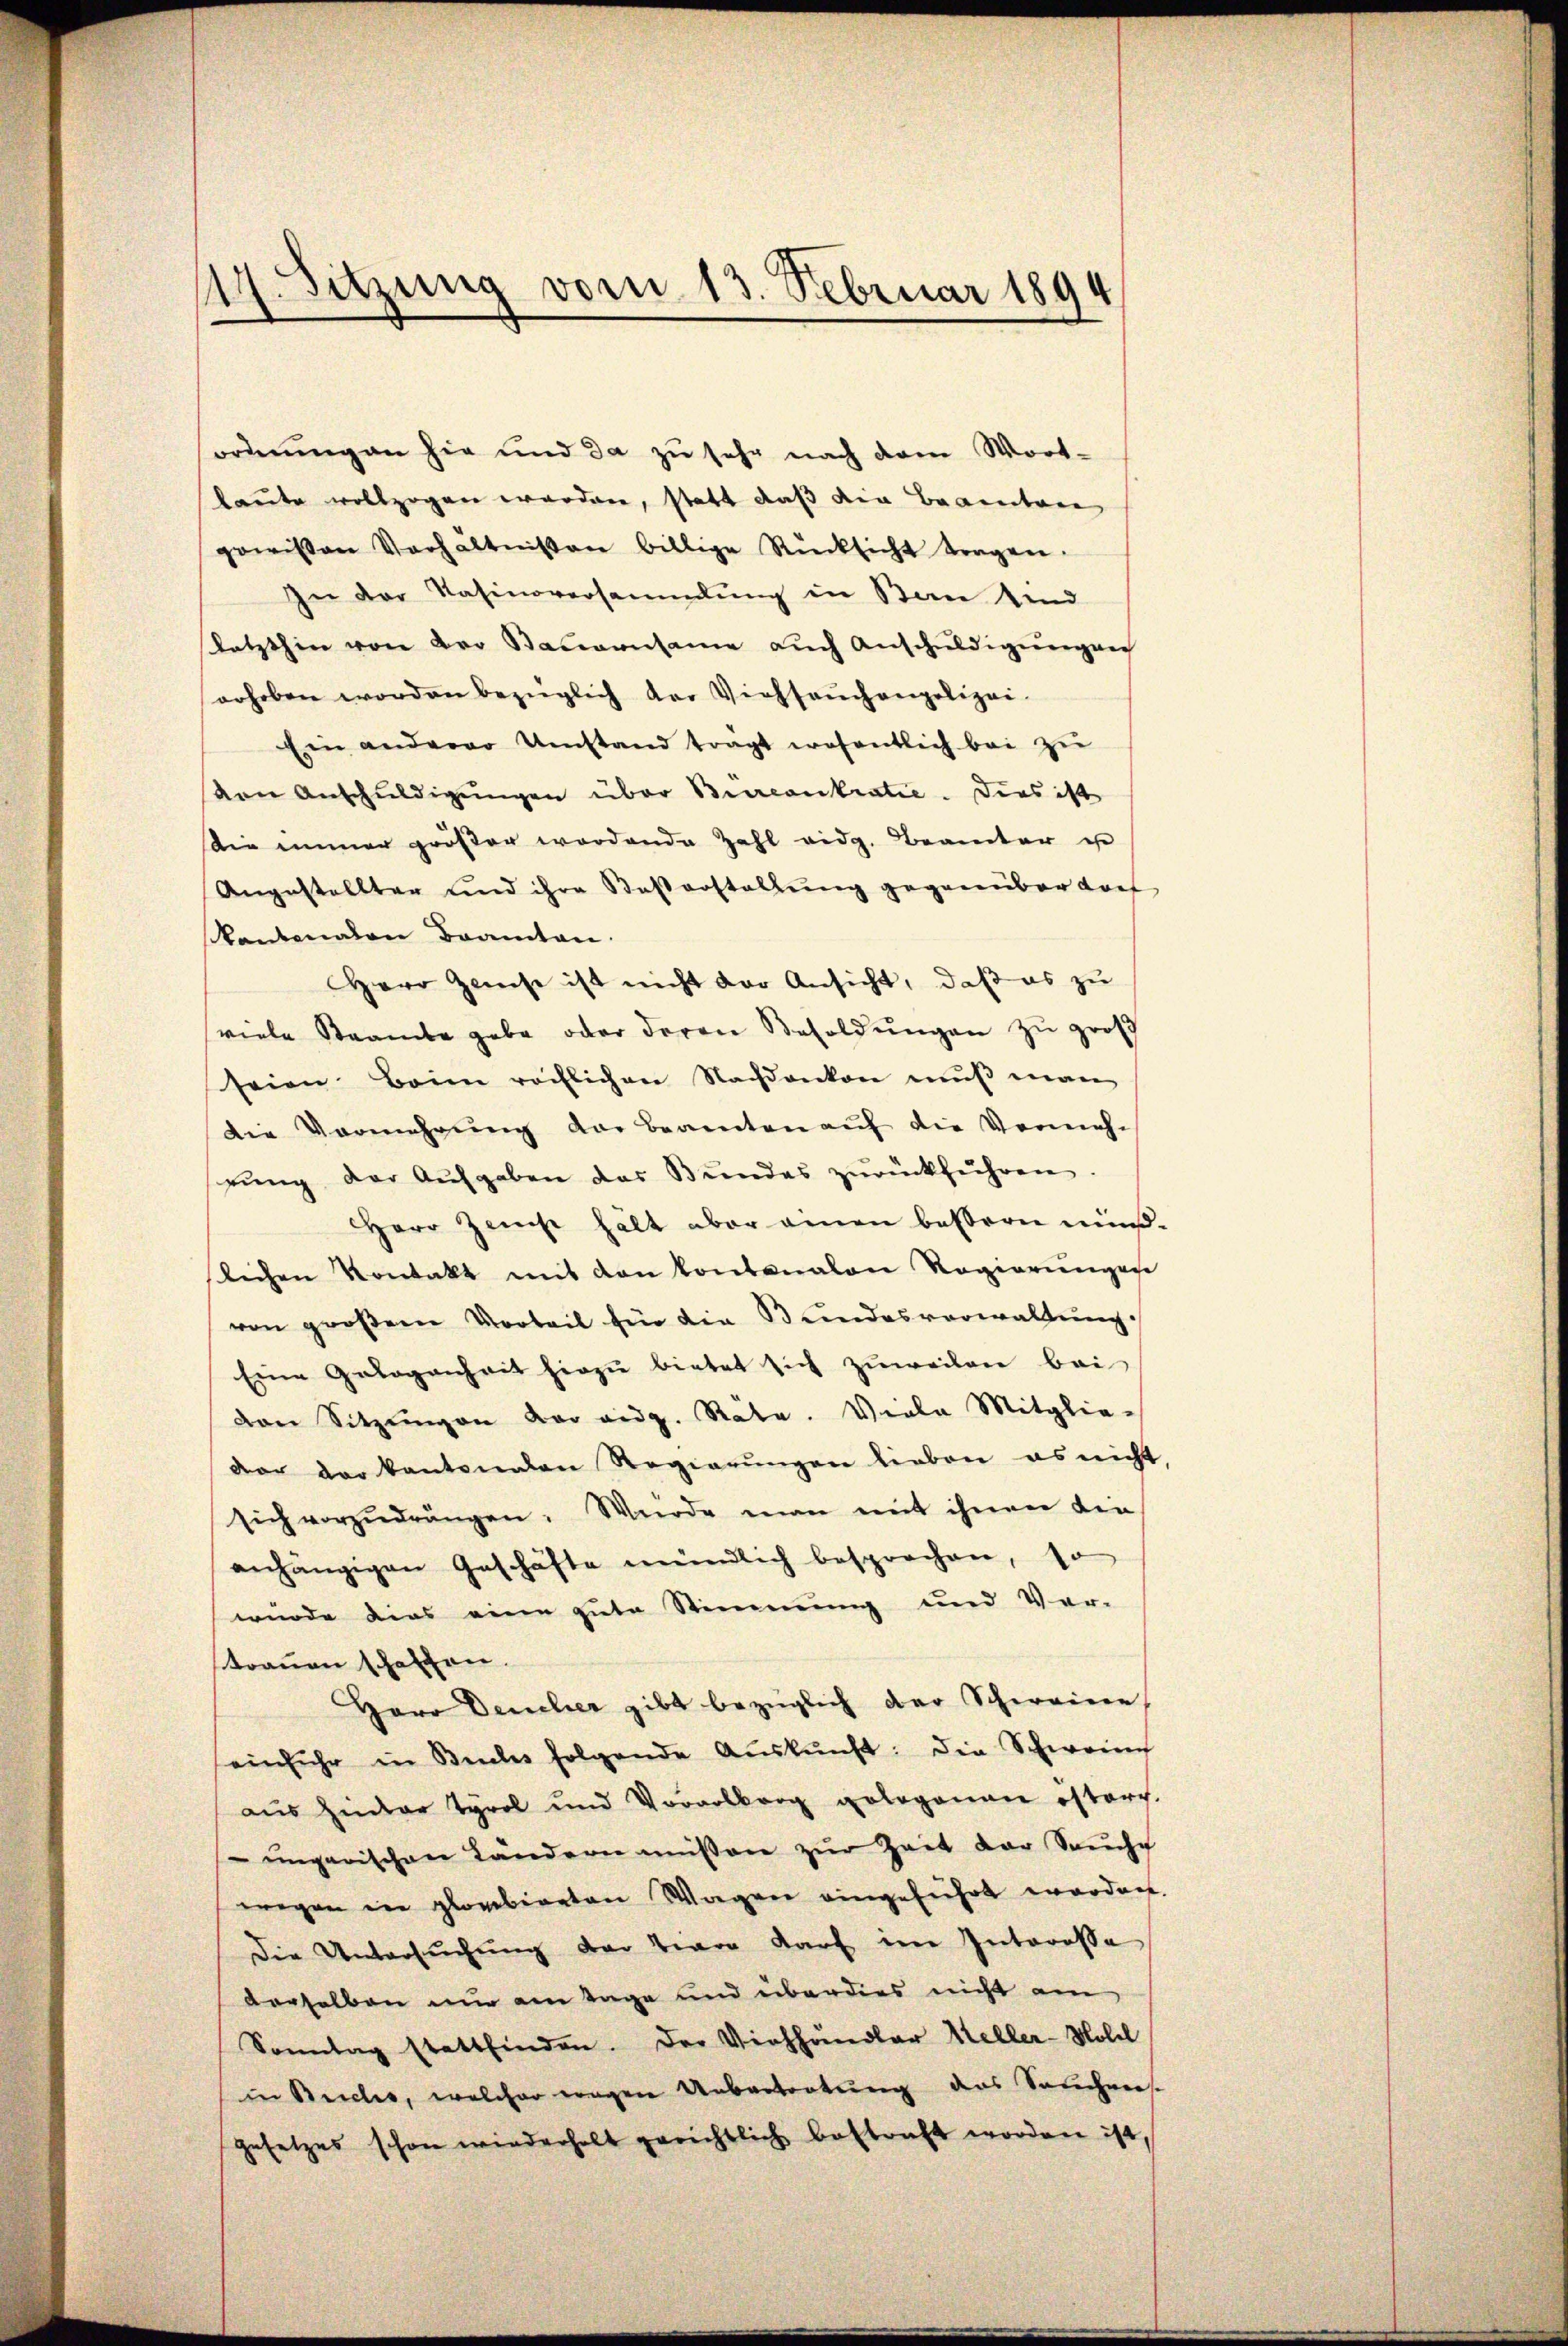
17. Sitzung vom 13. Februar 1894

ordnung an hie und da zu sehr nach dem Wort-
kaute vollzogen worden, statt daß die Beamten
gewissen Verhältnissen billige Rücksicht tragen.
In der Nasinoversammlung in Stan sind
letzthin von der Staumansame auch Anschuldigungen
erhoben worden bezüglich der Viehsaŭchangelizei-
Ein anderer Umstand tragt wesentlich bei zŭ
von Anschuldigŭngen über Bircontratie. Dies ist
Die immer größer wordende Zahl eidg. Beamter u
Angestellter und ihre Baßerstellung gegenüber doch
Kantonalen Branten.
HHerr Zinse ist nicht vor Ansicht, daß es zu
viele Staambe gebe oder deren Besoldŭngen zu groß
seien Beim rächlichen Nachdenken mŭβ man
Die Vermehrung der Beamten auf die Vermehr
rŭng der Aufgaben das Bundes zŭrückführen
Herr Zinst hält aber einen bessern müßlichen Kontakt mit den kontonalen Regierŭngen
von großem Vorteil für die Bundesverwaltŭng
Eine Gelegenheit hirzŭ bietet sich zuweilen bei
ven Sitzungen war eidg. Räte. Viele Mitglie-
der der kantonalen Regierŭngen lieben es nicht
sich vorzŭdrängen. Würde man mit ihnen die
anhängigen Geschäfte mündlich besprochen, so
wurde dies eine gute Stimmung und Ver-
trauen schaffen.
Herr Deucher gibt bezüglich der Schweine,
einfuhr in Buches folgende Aŭskŭnft: Die Schwein
aus Hinter Tyrol und Vorarlberg pologenan estorp.
-ungarischen Landern müssen zur Zeit der Sache
wegen in plovebieten Wagen eingeführt worden.
Die Untersuchung der Tiger darf im Interesse
derselben nur am Tage und überdies nicht am
Sonntag stattfinden. Der Viehhändler Heller-Moldl
in Buches, welcher wegen Uebertortung des Sanchen.
gesetzes schon wiederholt gerichtlich bestraft worden ist,